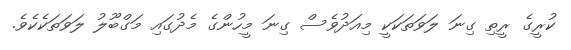
ކުރީގެ ރީތި ގިނަ ލަވަތަކަކީ މިއަދުވެސް ގިނަ މީހުންގެ މެދުގައި މަގްބޫލު ލަވަތަކެކެވެ.